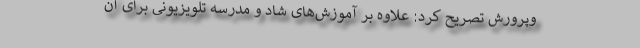
وپرورش تصریح کرد: علاوه بر آموزش‌های شاد و مدرسه تلویزیونی برای آن